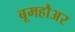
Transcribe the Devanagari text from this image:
बूमहौअर